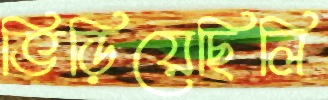
ভিড়িয়েছিলি